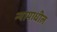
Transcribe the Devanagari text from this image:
न्यायाधील